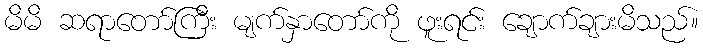
မိမိ ဆရာတော်ကြီး မျက်နှာတော်ကို ဖူးရင်း ချောက်ချားမိသည်။